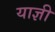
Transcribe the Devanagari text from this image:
याज्ञी